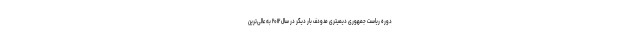
دوره ریاست جمهوری دیمیتری مدودف بار دیگر در سال ۲۰۱۲ به عالی‌ترین